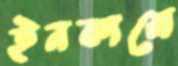
ইনকামে